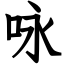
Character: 咏